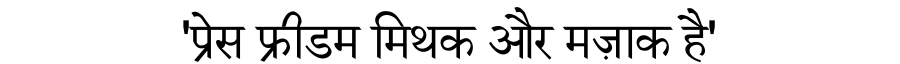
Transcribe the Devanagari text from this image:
'प्रेस फ्रीडम मिथक और मज़ाक है'